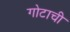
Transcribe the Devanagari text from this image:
गोटाची